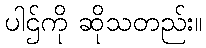
ပါဌ်ကို ဆိုသတည်း။